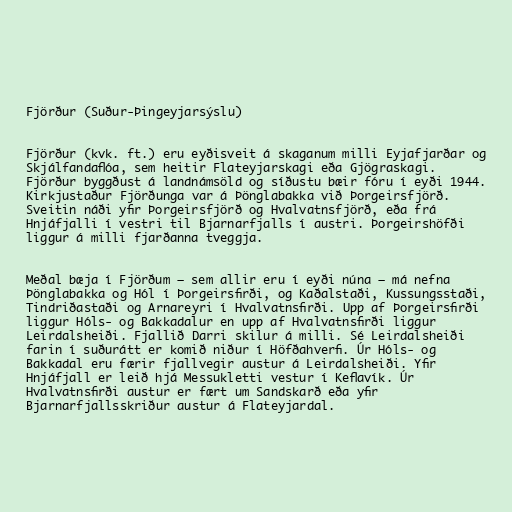
Fjörður (Suður-Þingeyjarsýslu)

Fjörður (kvk. ft.) eru eyðisveit á skaganum milli Eyjafjarðar og
Skjálfandaflóa, sem heitir Flateyjarskagi eða Gjögraskagi.
Fjörður byggðust á landnámsöld og síðustu bæir fóru í eyði 1944.
Kirkjustaður Fjörðunga var á Þönglabakka við Þorgeirsfjörð.
Sveitin náði yfir Þorgeirsfjörð og Hvalvatnsfjörð, eða frá
Hnjáfjalli í vestri til Bjarnarfjalls í austri. Þorgeirshöfði
liggur á milli fjarðanna tveggja.

Meðal bæja í Fjörðum — sem allir eru í eyði núna — má nefna
Þönglabakka og Hól í Þorgeirsfirði, og Kaðalstaði, Kussungsstaði,
Tindriðastaði og Arnareyri í Hvalvatnsfirði. Upp af Þorgeirsfirði
liggur Hóls- og Bakkadalur en upp af Hvalvatnsfirði liggur
Leirdalsheiði. Fjallið Darri skilur á milli. Sé Leirdalsheiði
farin í suðurátt er komið niður í Höfðahverfi. Úr Hóls- og
Bakkadal eru færir fjallvegir austur á Leirdalsheiði. Yfir
Hnjáfjall er leið hjá Messukletti vestur í Keflavík. Úr
Hvalvatnsfirði austur er fært um Sandskarð eða yfir
Bjarnarfjallsskriður austur á Flateyjardal.